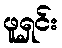
ဖူရှင်း